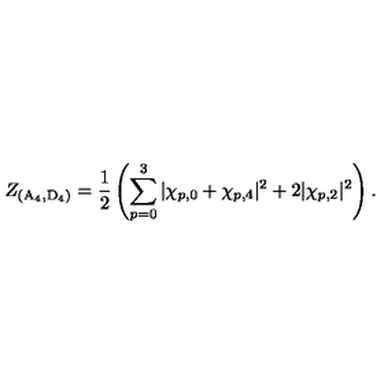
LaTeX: Z _ { ( \mathrm { A } _ { 4 } , \mathrm { D } _ { 4 } ) } = \frac 1 2 \left( \sum _ { p = 0 } ^ { 3 } | \chi _ { p , 0 } + \chi _ { p , 4 } | ^ { 2 } + 2 | \chi _ { p , 2 } | ^ { 2 } \right) .